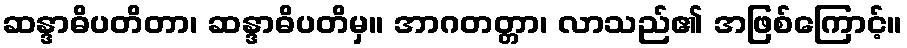
ဆန္ဒာဓိပတိတာ၊ ဆန္ဒာဓိပတိမှ။ အာဂတတ္တာ၊ လာသည်၏ အဖြစ်ကြောင့်။